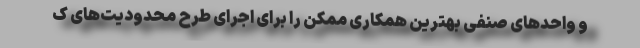
و واحدهای صنفی بهترین همکاری ممکن را برای اجرای طرح محدودیت‌های ک